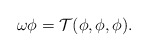
\begin{align*}\omega \phi = \mathcal{T}(\phi,\phi,\phi).\end{align*}